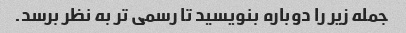
جمله زیر را دوباره بنویسید تا رسمی تر به نظر برسد.